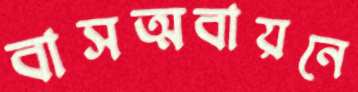
বাসত্মবায়নে